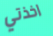
اخذتي